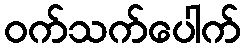
ဝက်သက်ပေါက်